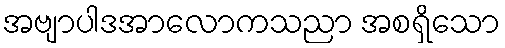
အဗျာပါဒအာလောကသညာ အစရှိသော